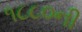
૧૮૮૦ની